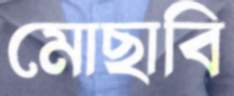
মোছাবি